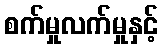
စက်မှုလက်မှုနှင့်